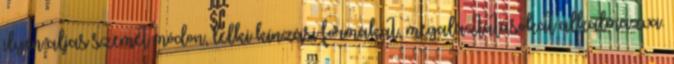
ilyen aljas szemét módon, lelki kínzási formákat, megaláztatásokat alkalmazva.